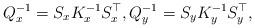
LaTeX: \begin{align*} Q_x^{-1} = S_x K_x^{-1} S_x^{\top}, Q_y^{-1} = S_y K_y^{-1} S_y^{\top},\end{align*}